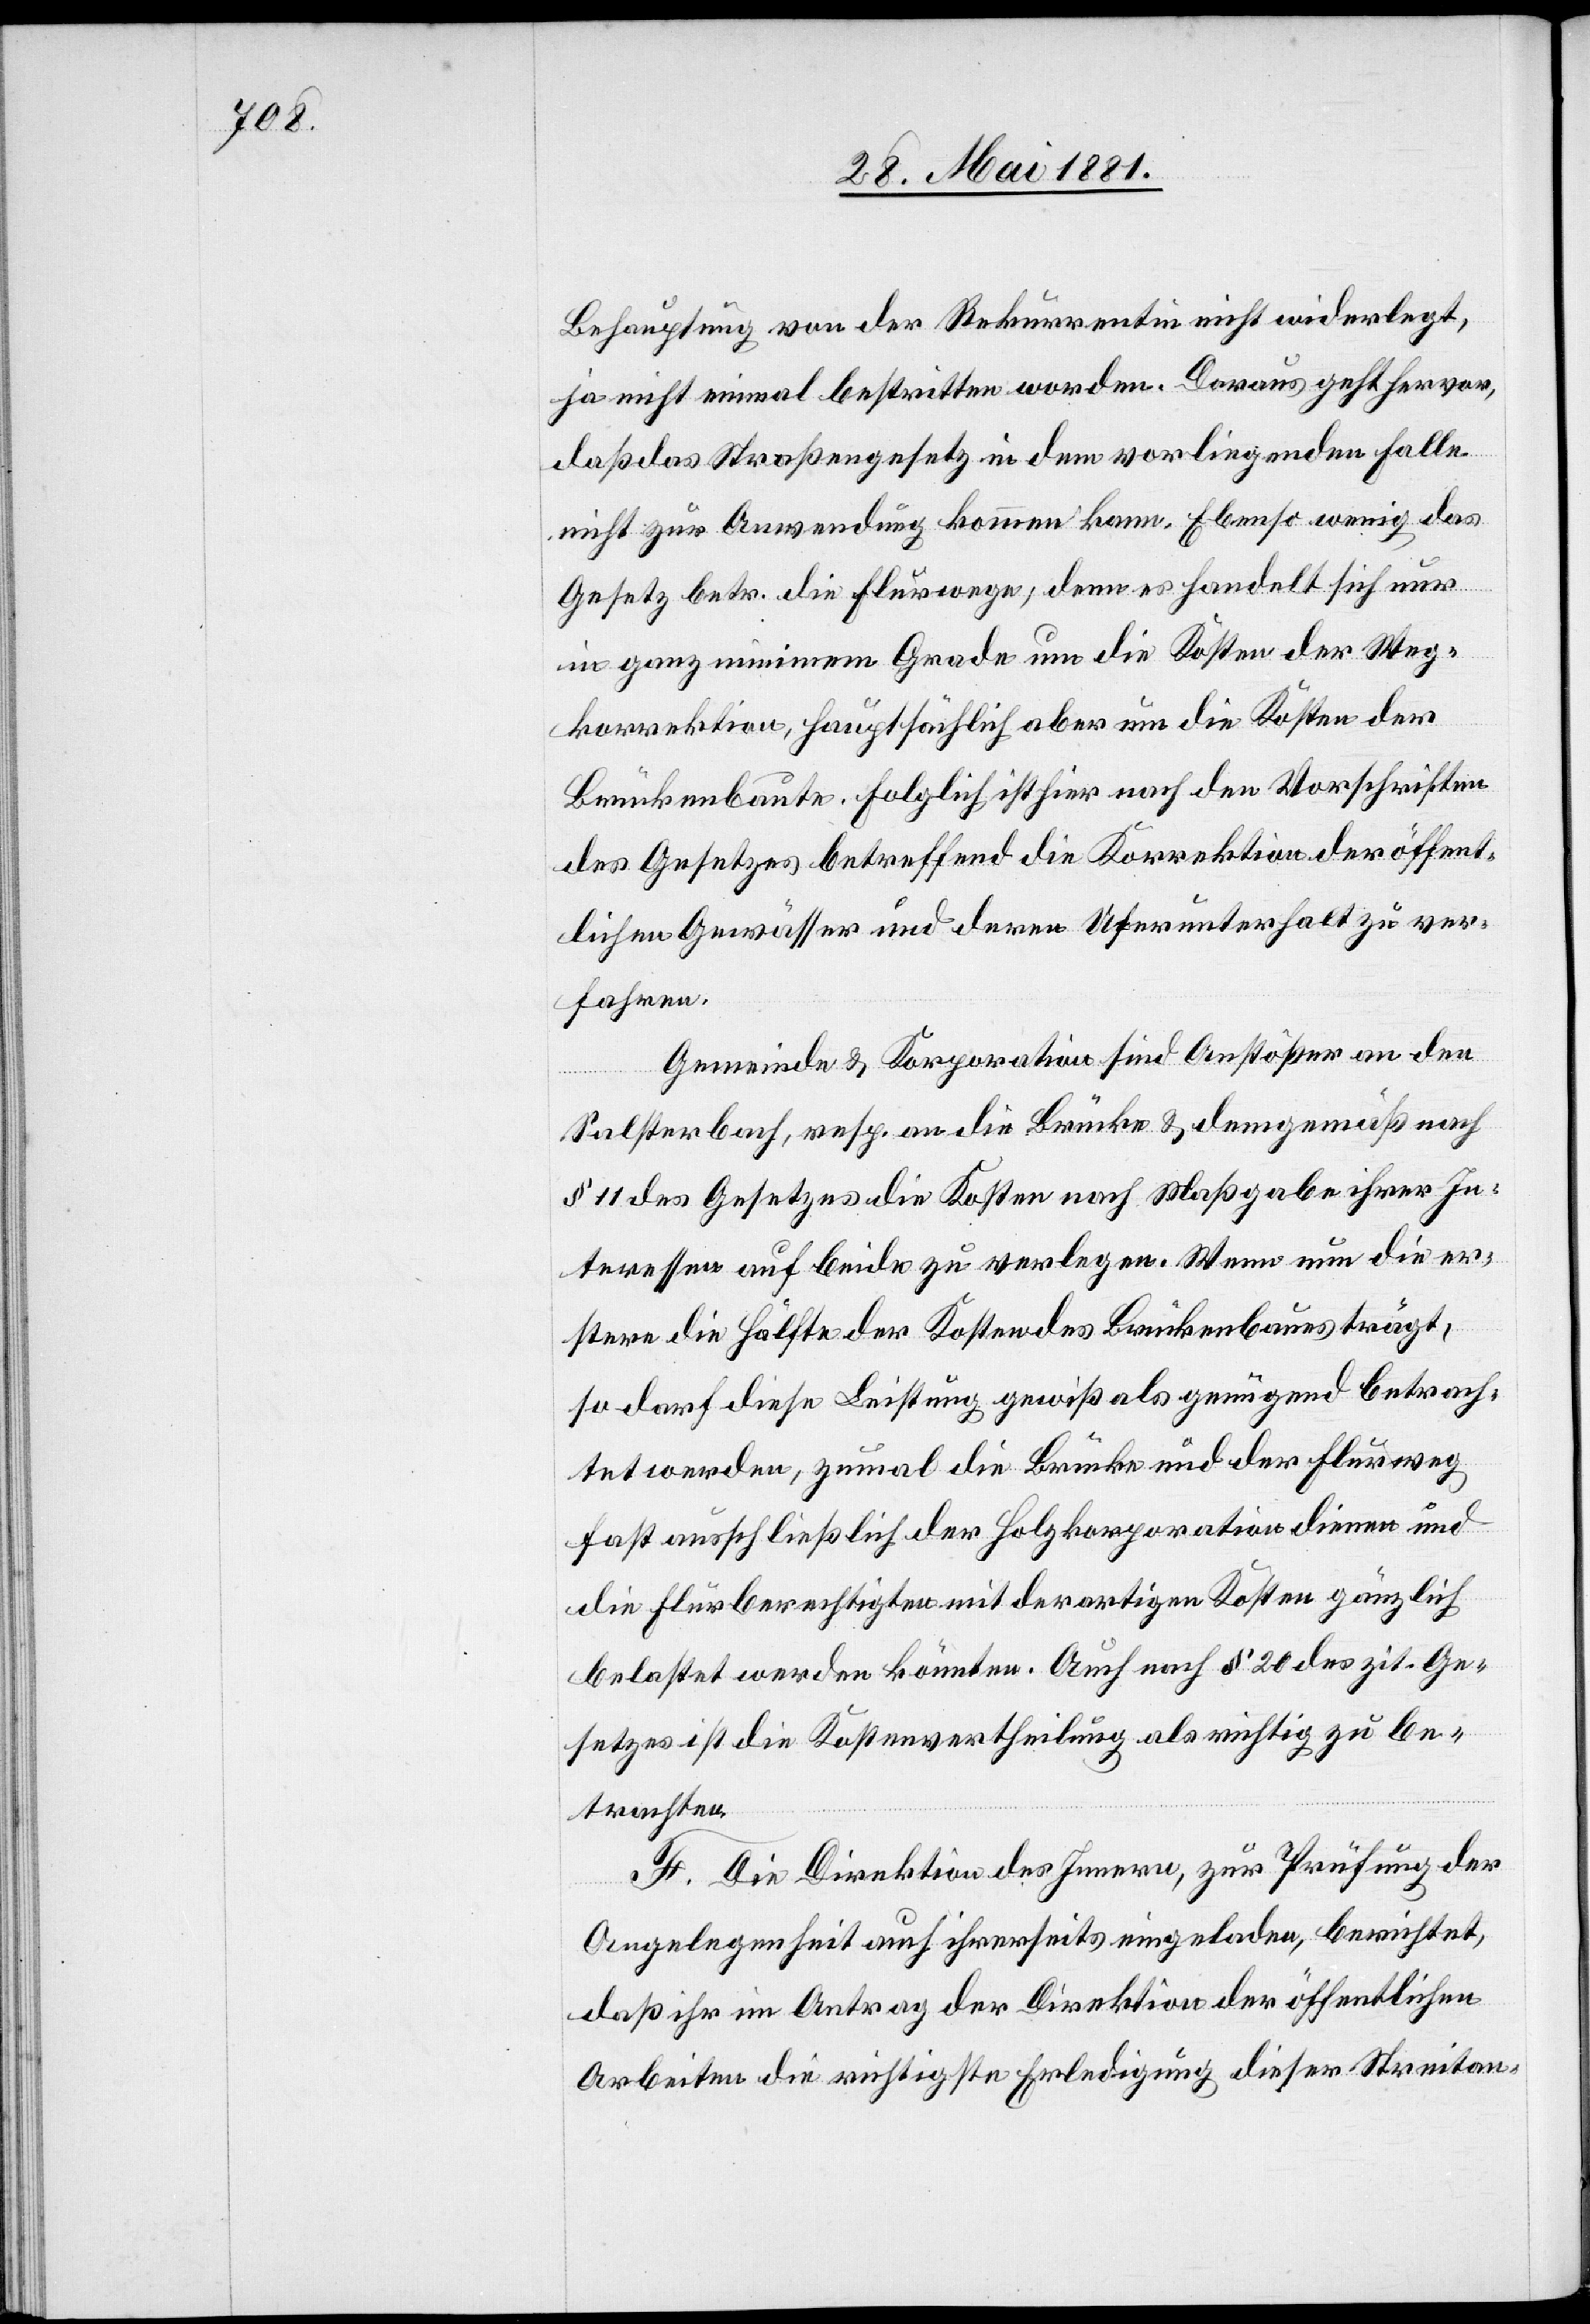
Behauptung von der Rekurrentin nicht widerlegt,
ja nicht einmal bestritten worden. Daraus geht hervor,
daß das Straßengesetz in dem vorliegenden Falle
nicht zur Anwendung kommen kann. Ebenso wenig das
Gesetz betr. die Flurwege, denn es handelt sich nur
in ganz minimem Grade um die Kosten der Weg¬
korrektion, hauptsächlich aber um die Kosten der
Brückenbaute. Folglich ist hier nach den Vorschriften
des Gesetzes betreffend die Korrektion der öffent¬
lichen Gewässer und deren Uferunterhalt zu ver¬
fahren.
Gemeinde & Korporation sind Anstößer an den
Salsterbach, resp. an die Brücke & demgemäß nach
§ 11 des Gesetzes die Kosten nach Maßgabe ihrer In¬
teressen auf beide zu verlegen. Wenn nun die er¬
stere die Hälfte der Kosten des Brückenbaus trägt,
so darf diese Leistung gewiss als genügend betrach¬
tet werden, zumal die Brücke und der Flurweg
fast ausschließlich der Holzkorporation dienen und
die Flurberechtigten mit derartigen Kosten gänzlich
belastet werden könnten. Auch nach § 20 des zit. Ge¬
setzes ist die Kostenvertheilung als richtig zu be¬
trachten.
F. Die Direktion des Innern, zur Prüfung der
Angelegenheit auch ihrerseits eingeladen, berichtet,
daß ihr im Antrag der Direktion der öffentlichen
Arbeiten die richtigste Erledigung dieser Streitan-